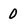
Character: 0